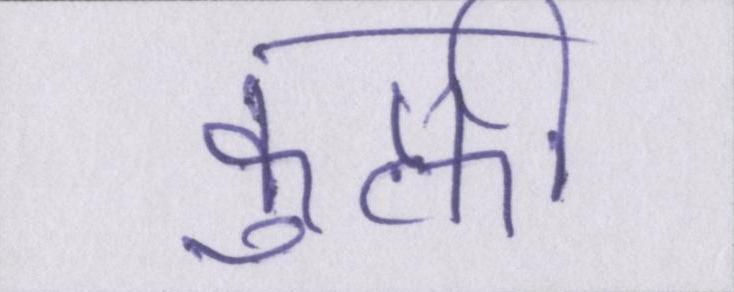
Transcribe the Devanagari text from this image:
कुल्फी